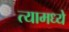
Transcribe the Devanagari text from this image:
त्‍यामध्‍ये